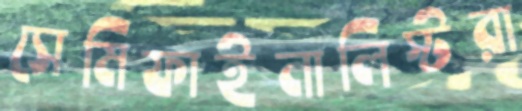
সেমিফাইনালিস্টরা